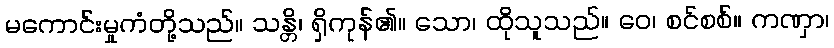
မကောင်းမှုကံတို့သည်။ သန္တိ၊ ရှိကုန်၏။ သော၊ ထိုသူသည်။ ဝေ၊ စင်စစ်။ ကဏှာ၊